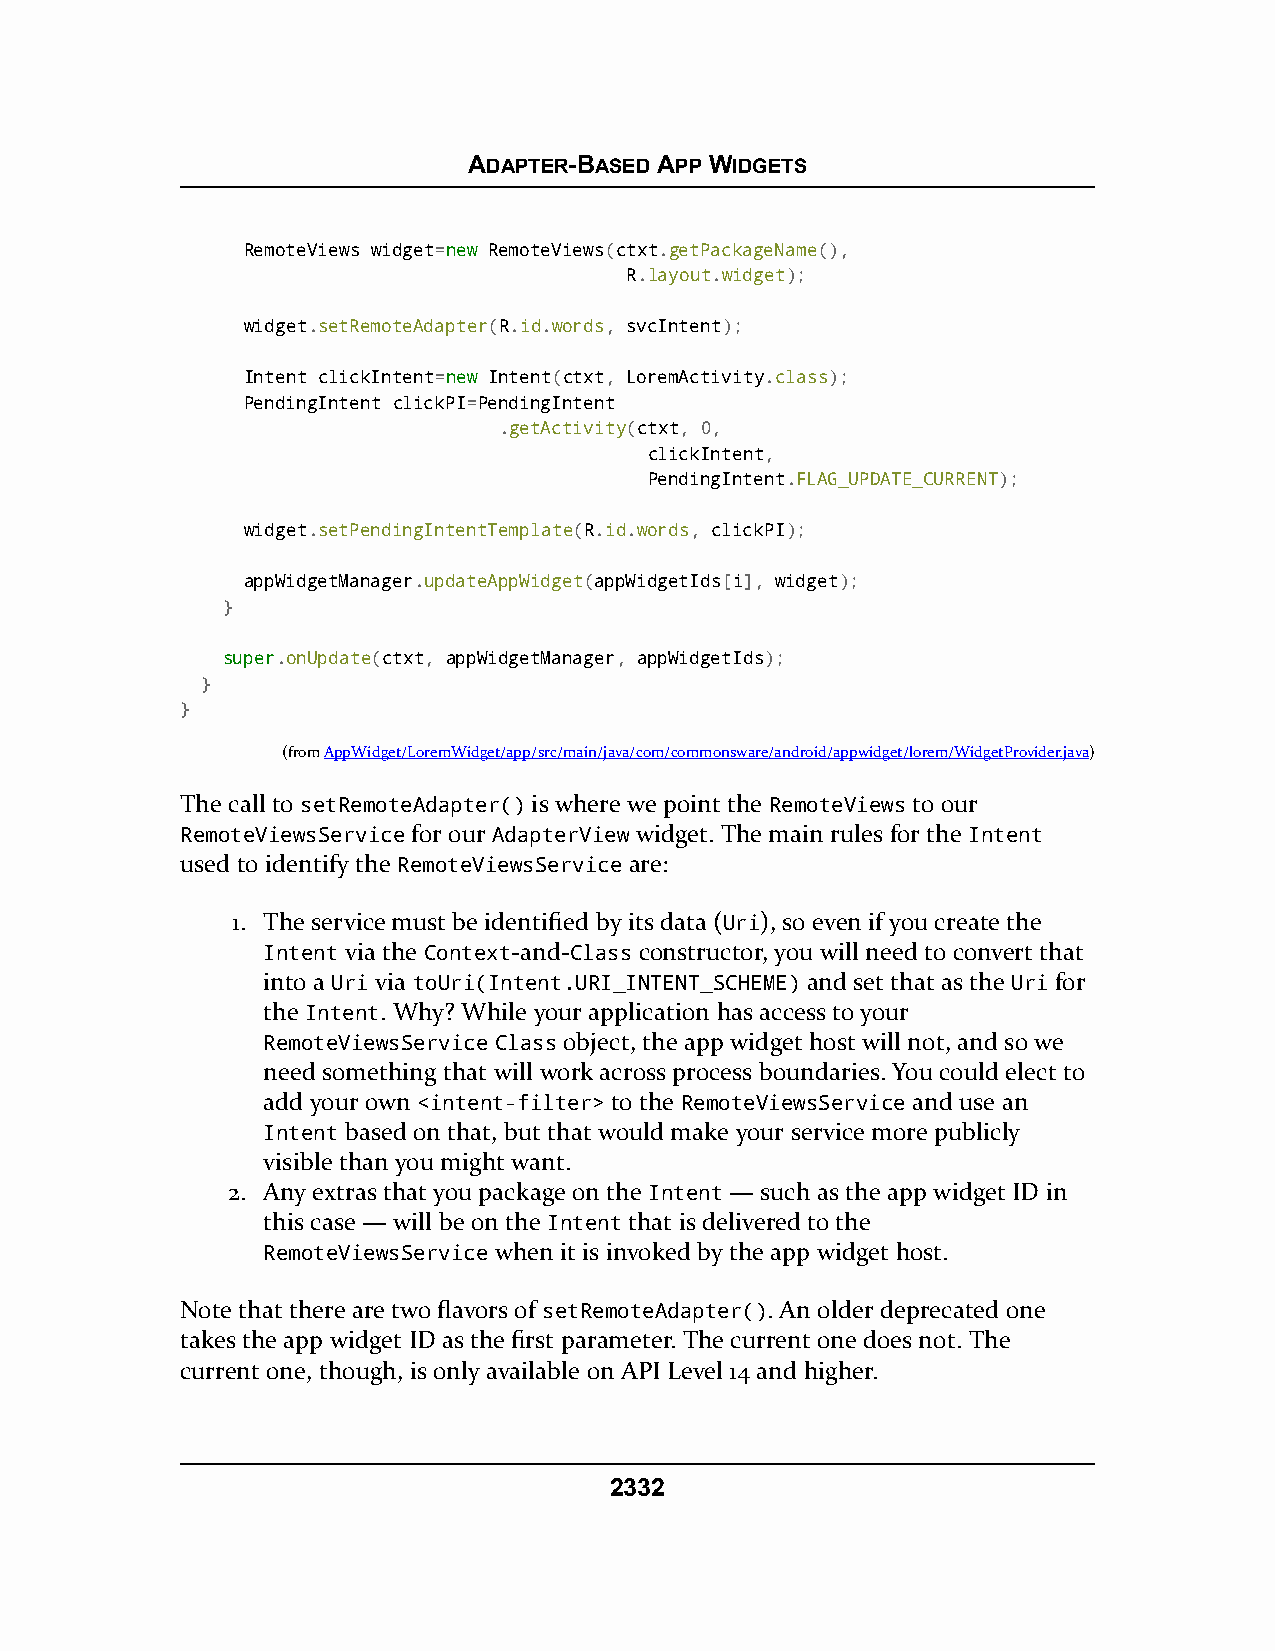
ADAPTER-BASED APP WIDGETS
 RemoteViews widget=nneeww RemoteViews(ctxt.getPackageName(),
 R.layout.widget);
 widget.setRemoteAdapter(R.id.words, svcIntent);
 Intent clickIntent=nneeww Intent(ctxt, LoremActivity.class);
 PendingIntent clickPI=PendingIntent
 .getActivity(ctxt, 0,
 clickIntent,
 PendingIntent.FLAG_UPDATE_CURRENT);
 widget.setPendingIntentTemplate(R.id.words, clickPI);
 appWidgetManager.updateAppWidget(appWidgetIds[i], widget);
 }
 ssuuppeerr.onUpdate(ctxt, appWidgetManager, appWidgetIds);
 }
 }
 (fromAppWidget/LoremWidget/app/src/main/java/com/commonsware/android/appwidget/lorem/WidgetProvider.java)
 The call to setRemoteAdapter() is where we point the RemoteViews to our
 RemoteViewsService for our AdapterView widget. The main rules for the Intent
 used to identify the RemoteViewsService are:
 1. The service must be identified by its data (Uri), so even if you create the
 Intent via the Context-and-Class constructor, you will need to convert that
 into a Uri via toUri(Intent.URI_INTENT_SCHEME) and set that as the Uri for
 the Intent. Why? While your application has access to your
 RemoteViewsService Class object, the app widget host will not, and so we
 need something that will work across process boundaries. You could elect to
 add your own <intent-filter> to the RemoteViewsService and use an
 Intent based on that, but that would make your service more publicly
 visible than you might want.
 2. Any extras that you package on the Intent — such as the app widget ID in
 this case — will be on the Intent that is delivered to the
 RemoteViewsService when it is invoked by the app widget host.
 Note that there are two flavors of setRemoteAdapter(). An older deprecated one
 takes the app widget ID as the first parameter. The current one does not. The
 current one, though, is only available on API Level 14 and higher.
 2332